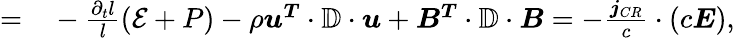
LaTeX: \begin{array}{rl}{=}&{{}-\frac{\partial_{t}l}{l}\left(\mathcal{E}+P\right)-\rho\boldsymbol{u^{T}}\cdot\mathbb{D}\cdot\boldsymbol{u}+\boldsymbol{B^{T}}\cdot\mathbb{D}\cdot\boldsymbol{B}=-\frac{\boldsymbol{j}_{CR}}{c}\cdot\left(c\boldsymbol{E}\right),}\end{array}